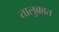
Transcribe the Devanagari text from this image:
तालुक्कात